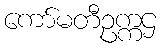
ကော်မတီဥက္ကဌ